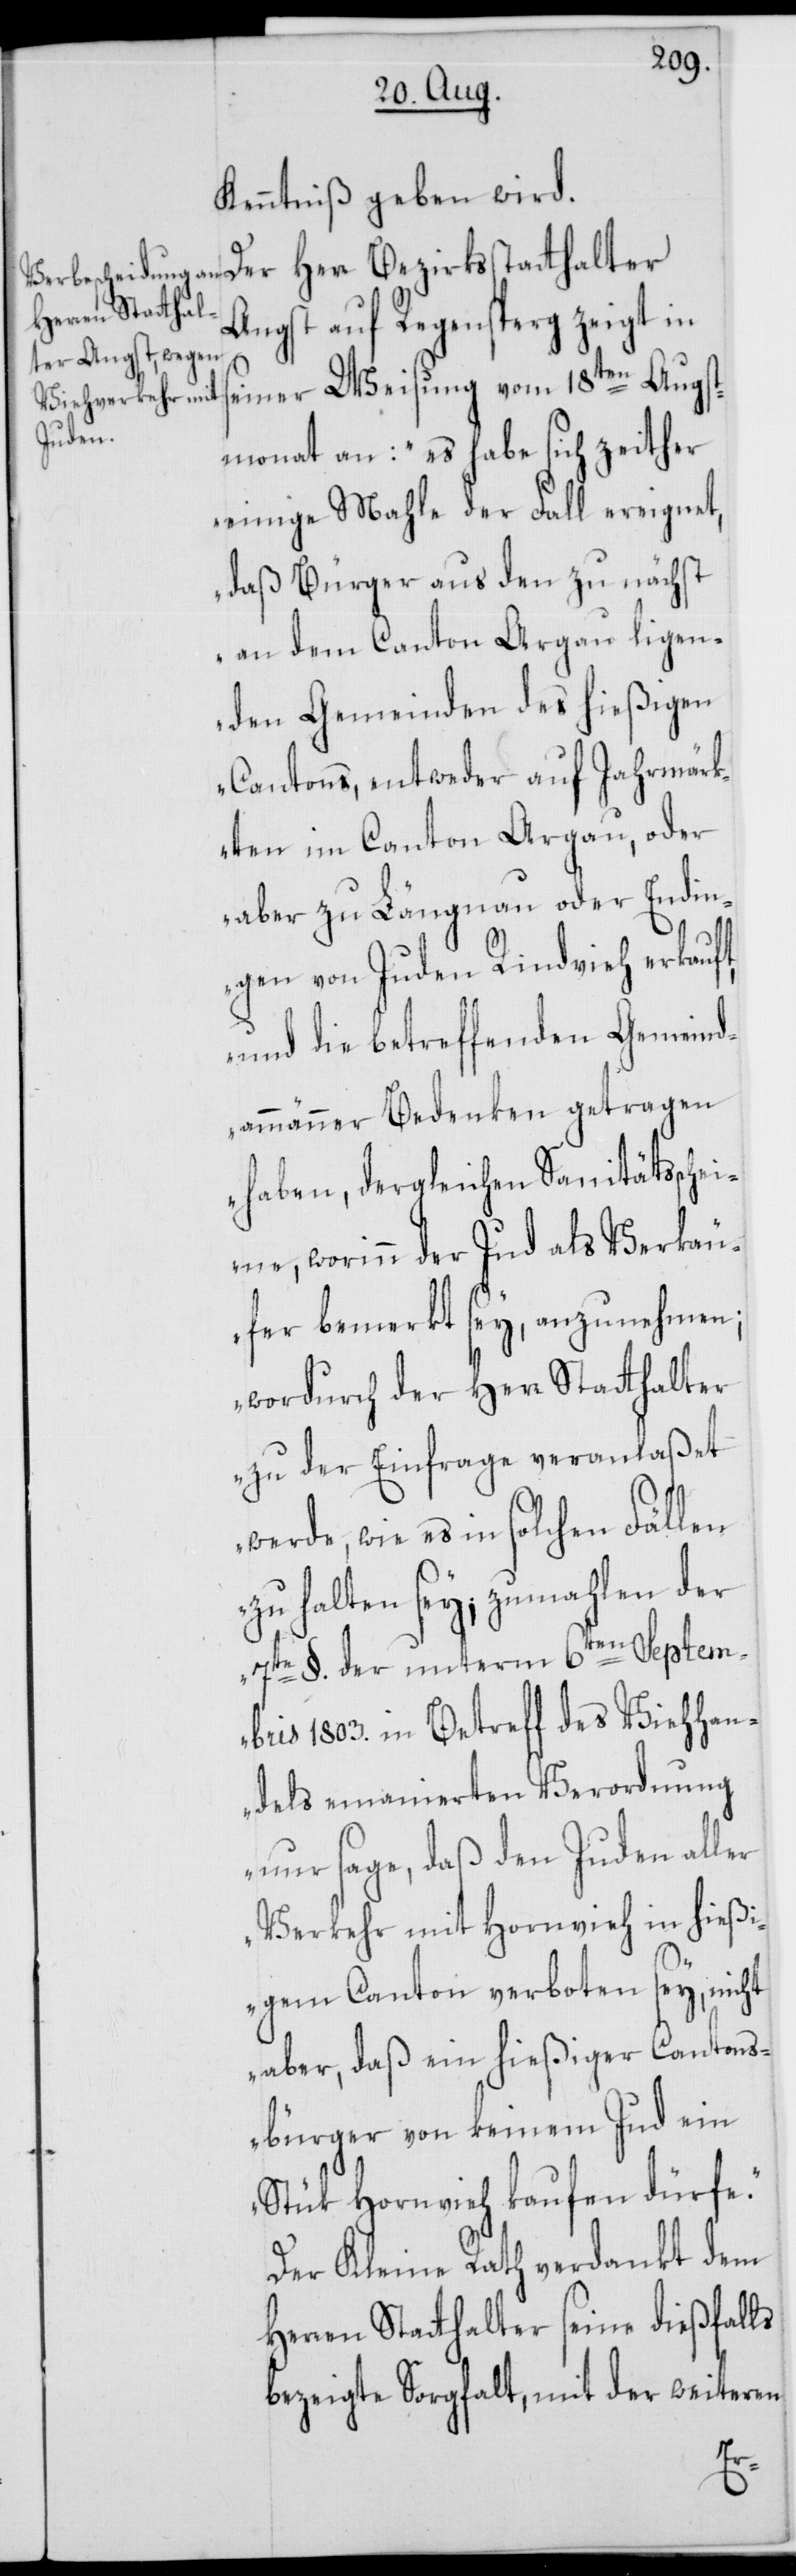
Kenntniß geben wird.
Der Herr Bezirksstatthalter
Angst auf Regensperg zeigt in
seiner Weisung vom 18ten Augst¬
monat an: „es habe sich zeither
einige Mahle der Fall ereignet,
daß Bürger aus den zu nächst
an dem Canton Argau ligen¬
den Gemeinden des hießigen
Cantons, entweder auf Jahrmärk¬
ten im Canton Argau, oder
aber zu Längnau oder Endin¬
gen von Juden Rindvieh erkauft,
und die betreffenden Gemeind¬
ammänner Bedenken getragen
haben, dergleichen Sanitätsschei¬
ne, worinn der Jud als Verkäu¬
fer bemerkt sey, anzunehmen;
wordurch der Herr Statthalter
zu der Einfrage veranlaßet
werde, wie es in solchen Fällen
zu halten sey; zumahlen der
7te §. der unterm 6ten Septem¬
bris 1803. in Betreff des Viehhan¬
dels emanierten Verordnung
nur sage, daß den Juden aller
Verkehr mit Hornvieh in hießi¬
gem Canton verboten sey, nicht
aber, daß ein hießiger Cantons¬
bürger von keinem Jud ein
Stük Hornvieh kaufen dürfe.“
Der Kleine Rath verdankt dem
Herren Statthalter seine dießfalls
bezeigte Sorgfalt, mit der weiteren